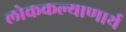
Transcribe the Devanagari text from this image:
लोककल्याणार्थ